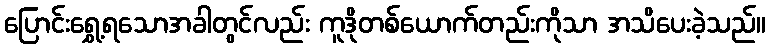
ပြောင်းရွှေ့ရသောအခါတွင်လည်း ကူဒိုတစ်ယောက်တည်းကိုသာ အသိပေးခဲ့သည်။